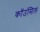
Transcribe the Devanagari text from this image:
कॉउंसिल